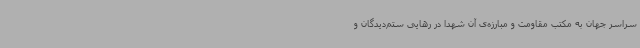
سراسر جهان به مکتب مقاومت و مبارزه‌ی آن شهدا در رهایی ستم‌دیدگان و